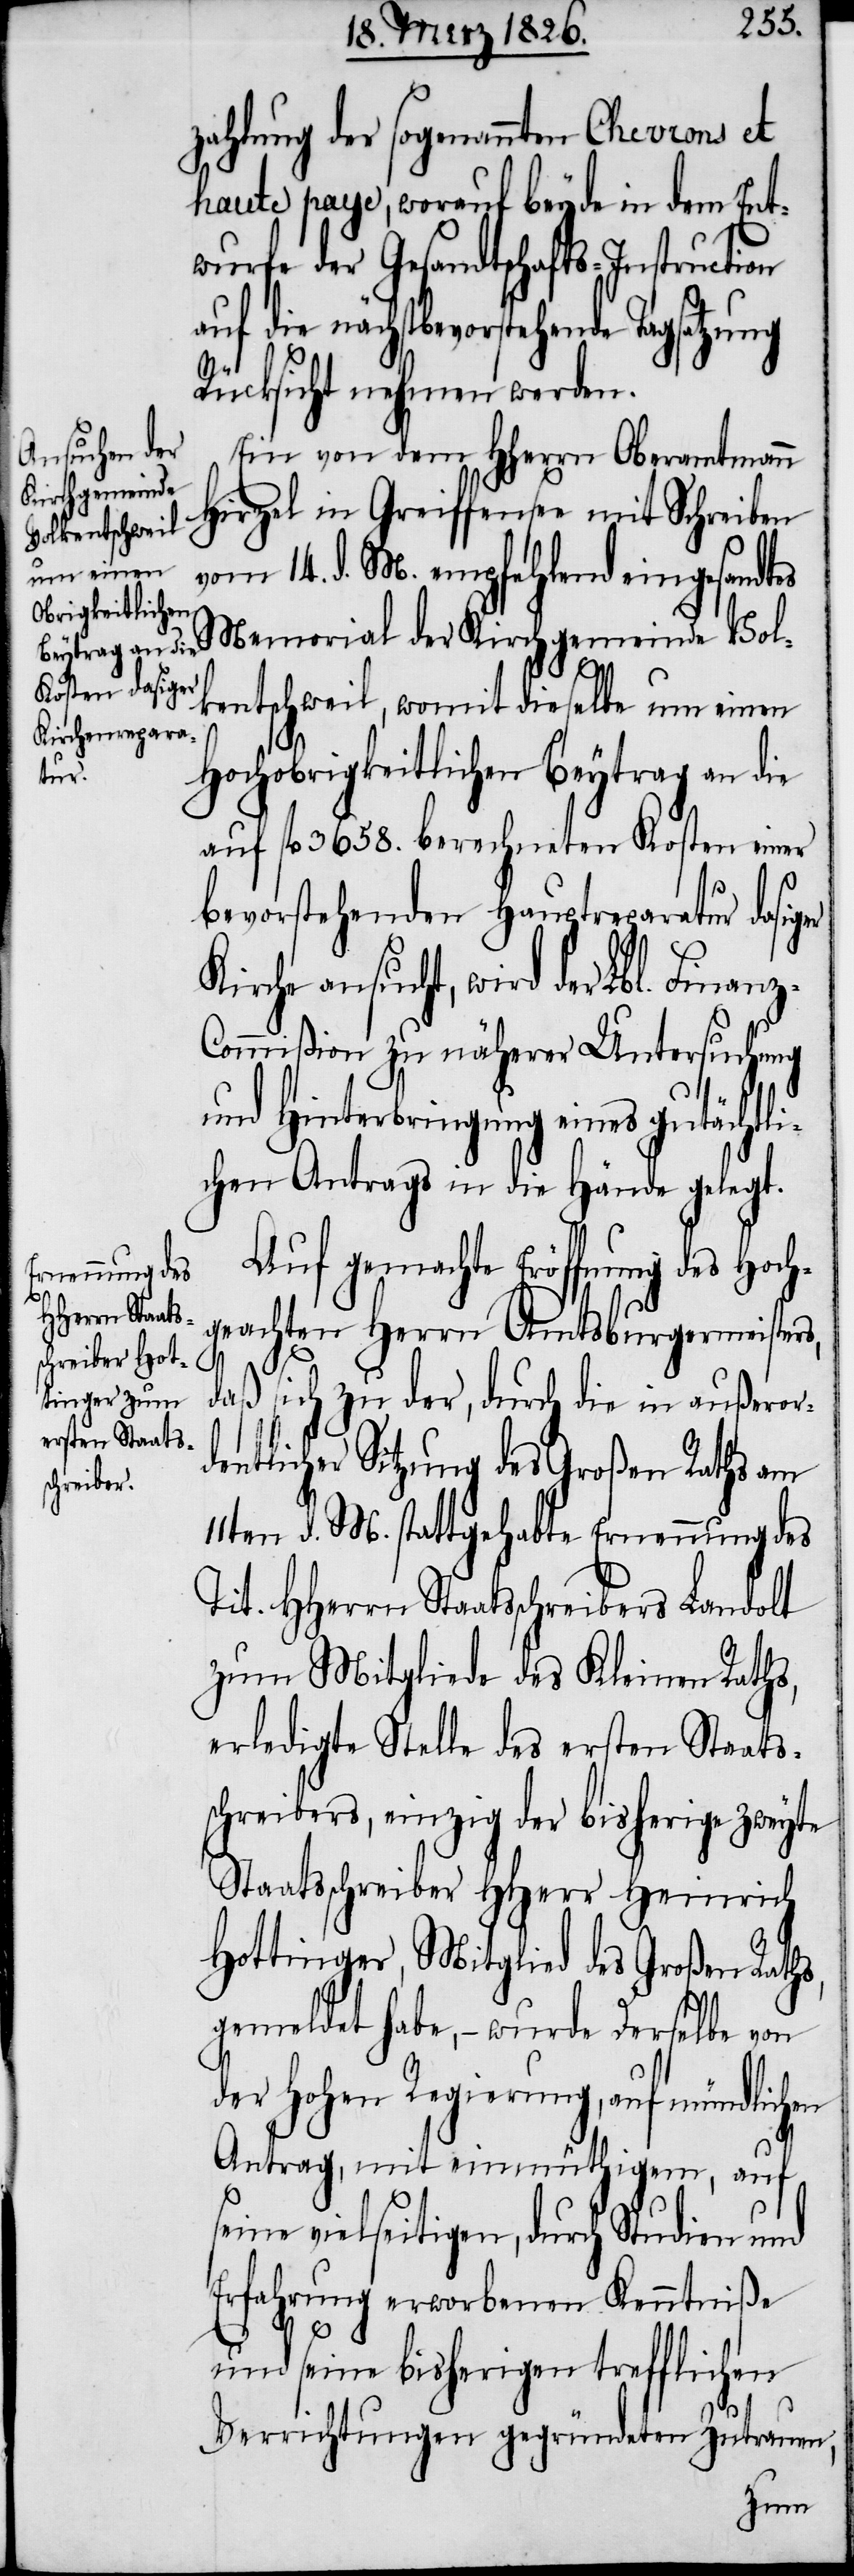
zahlung der sogenannten Chevrons et
haute paye, worauf beyde in dem Ent¬
wurfe der Gesandtschafts-Instruction
auf die nächstbevorstehende
Rücksicht nehmen werden.
Ein von dem HHerrn Oberamtmann
Hirzel in Greiffensee mit Schreiben
vom 14. d. M. empfehlend eingesandtes
Memorial der Kirchgemeinde Vol¬
kentschweil, womit dieselbe um einen
Hochobrigkeitlichen Beytrag an die
auf fl. 3658. berechneten Kosten einer
bevorstehenden Hauptreparatur dasiger
Kirche ansucht, wird der Lbl. Finan¬
ommißion zu näherer Untersuchung
und Hinterbringung eines gutächtli¬
chen Antrags in die Hände gelegt.
Auf gemachte Eröffnung des H¬
geachten Herrn Amtsburgermeisters,
och¬
daß sich zu der, durch die in außeror¬
dentlicher Sitzung des Großen Raths am
11ten d. M. stattgehabte Ernennung des
Tit. HHerrn Staatschreibers Landolt
zum Mitgliede des Kleinen Raths,
erledigte Stelle des ersten Staats¬
schreibers, einzig der bisherige zweyte
Staatschreiber HHerr Heinrich
Hottinger, Mitglied des Großen Raths,
gemeldet habe, – wurde Derselbe von
der Hohen Regierung, auf mündlichen
Antrag, mit einmüthigem, auf
seine vielseitigen, durch Studien und
Erfahrung erworbenen Kenntniße
und seine bisherigen trefflichen
Verrichtungen gegründeten Zutrauen,